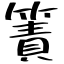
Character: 簀